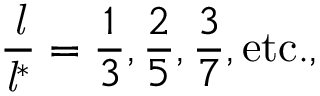
{ \frac { \mathit { l } } { { \mathit { l } } ^ { * } } } = { \frac { 1 } { 3 } } , { \frac { 2 } { 5 } } , { \frac { 3 } { 7 } } , { \mathrm { e t c . , } }